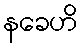
နခေဟိ